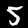
Label: 5